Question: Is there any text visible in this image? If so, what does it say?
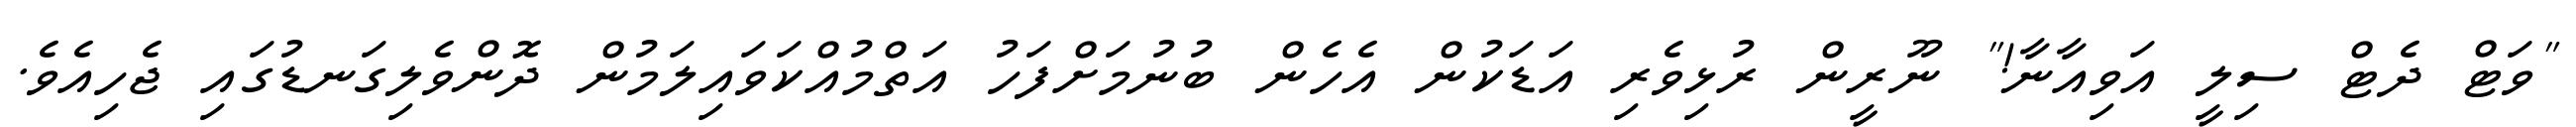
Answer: "ވަޓް ދެޓް ސިލީ އަވިއާނާ!" ނޫރީން ރުޅިވެރި އަޑަކުން އެހެން ބުނުމަށްފަހު އަތްމުއްކަވައިލަމުން ދޮންވެލިގަނޑުގައި ޖެހިއެވެ.